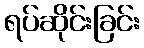
ရပ်ဆိုင်းခြင်း